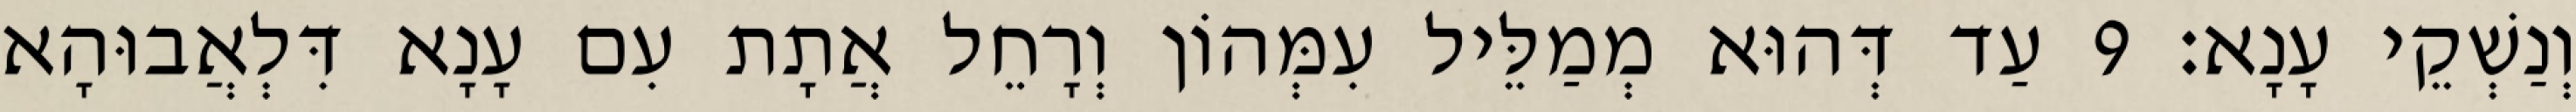
וְנַשְׁקֵי עָנָא׃ 9 עַד דְּהוּא מְמַלֵּיל עִמְּהוֹן וְרָחֵל אֲתָת עִם עָנָא דִּלְאֲבוּהָא